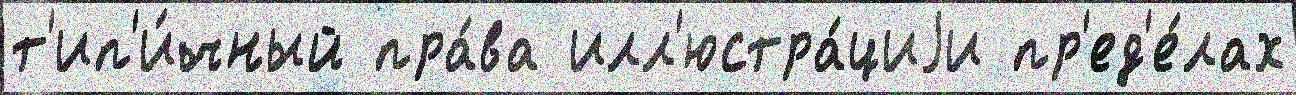
т'ип'и́чный пра́ва илл'юстра́циjи пр'ед'е́лах